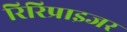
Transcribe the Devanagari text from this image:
रिरिप्राइजर